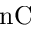
\mathrm { n C }